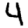
Digit: 4